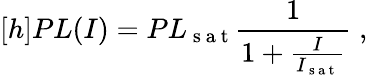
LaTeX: [h]PL(I)=PL_{\mathrm{~s~a~t~}}\frac{1}{1+\frac{I}{I_{\mathrm{~s~a~t~}}}}\; ,